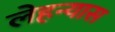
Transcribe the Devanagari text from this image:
लेहन्यास